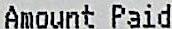
AMOUNT PAID